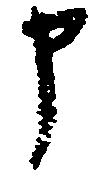
申